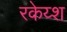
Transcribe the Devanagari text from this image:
रकेय्श